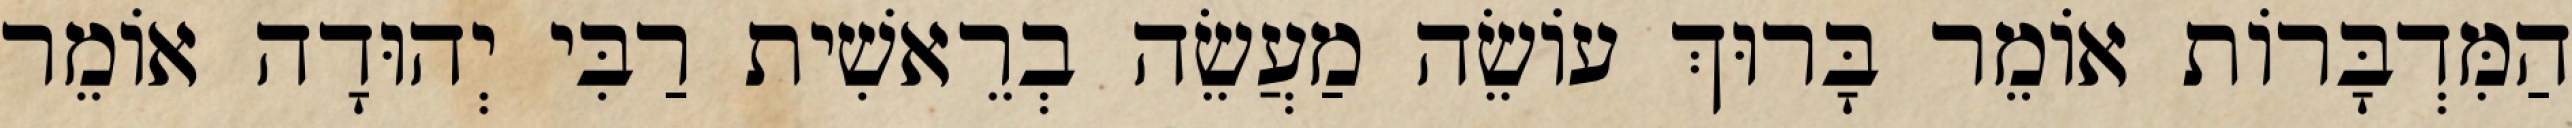
הַמִּדְבָּרוֹת אוֹמֵר בָּרוּךְ עוֹשֵׂה מַעֲשֵׂה בְרֵאשִׁית רַבִּי יְהוּדָה אוֹמֵר